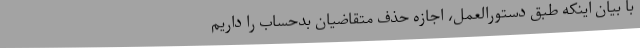
با بیان اینکه طبق دستورالعمل، اجازه حذف متقاضیان بدحساب را داریم